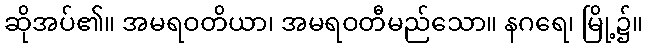
ဆိုအပ်၏။ အမရဝတိယာ၊ အမရဝတီမည်သော။ နဂရေ၊ မြို့၌။